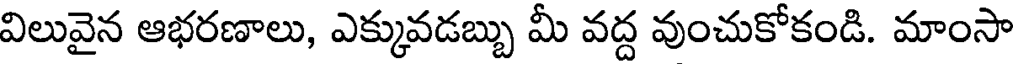
విలువైన ఆభరణాలు, ఎక్కువడబ్బు మీ వద్ద వుంచుకోకండి. మాంసా